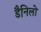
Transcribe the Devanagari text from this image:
डैनिलो